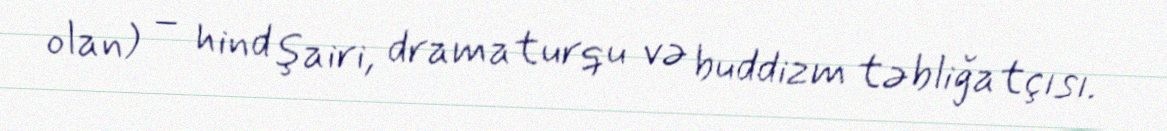
olan) – hind şairi, dramaturqu və buddizm təbliğatçısı.